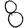
Digit: 8